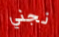
نجني